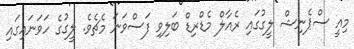
މިއީ ސްޕެނިޝް ލީގުގައި ރެއާލް މެެޑްރިޑް ބަލިވި ފަސްވަނަ މެޗެވެ. ލީގުގެ ހަވަނައިގައި